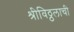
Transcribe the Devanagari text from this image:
श्रीविठ्ठलाची